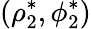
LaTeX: \left(\rho_{2}^{*},\phi_{2}^{*}\right)